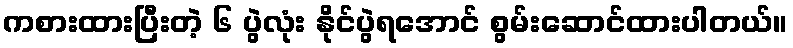
ကစားထားပြီးတဲ့ ၆ ပွဲလုံး နိုင်ပွဲရအောင် စွမ်းဆောင်ထားပါတယ်။